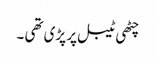
چٹھی ٹیبل پر پڑی تھی ۔